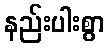
နည်းပါးစွာ